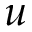
u